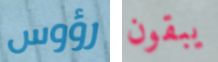
رؤوس يبقون